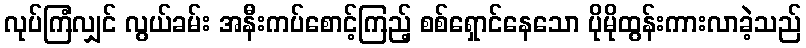
လုပ်ကြံလျှင် လွယ်ခမ်း အနီးကပ်စောင့်ကြည့် စစ်ရှောင်နေသော ပိုမိုထွန်းကားလာခဲ့သည်